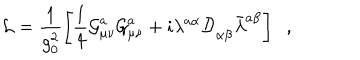
{ \cal L } = \frac { 1 } { g _ { 0 } ^ { 2 } } \left[ \frac { 1 } { 4 } { \cal G } _ { \mu \nu } ^ { a } { \cal G } _ { \mu \nu } ^ { a } + i \lambda ^ { a \alpha } { \cal D } _ { \alpha \dot { \beta } } \bar { \lambda } ^ { a \dot { \beta } } \right] \; \; ,